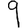
Digit: 9